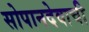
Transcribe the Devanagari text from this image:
सोपानदेवाची